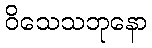
ဝိသေသဘုနော